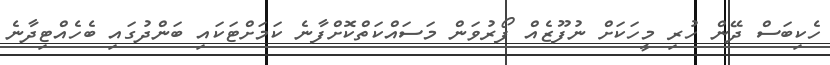
ހެކިބަސް ދޭން ހުރި މީހަކަށް ނުފޫޒެއް ފޯރުވަން މަސައްކަތްކޮށްފާނެ ކަމަށްޓަކައި ބަންދުގައި ބެހެއްޓިދާނެ